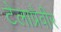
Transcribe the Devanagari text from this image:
टेलाप्रेवीर